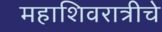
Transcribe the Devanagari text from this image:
महाशिवरात्रीचे